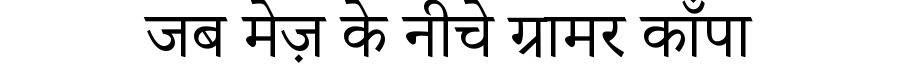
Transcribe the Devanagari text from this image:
जब मेज़ के नीचे ग्रामर काँपा